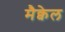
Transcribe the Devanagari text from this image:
मैक्वेल